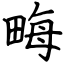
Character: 畮